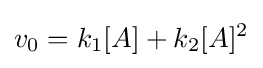
v_{0}=k_{1}[A]+k_{2}[A]^{2}